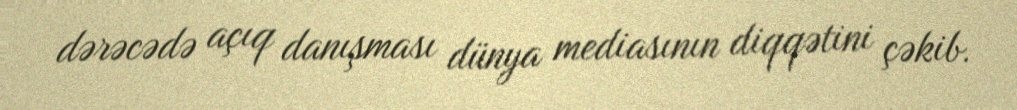
dərəcədə açıq danışması dünya mediasının diqqətini çəkib.